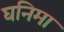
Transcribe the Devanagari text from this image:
घनिमा